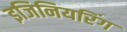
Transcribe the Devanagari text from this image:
इजिनियरिंग